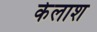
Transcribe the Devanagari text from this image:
केलाश